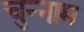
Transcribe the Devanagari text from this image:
चुन्नाम